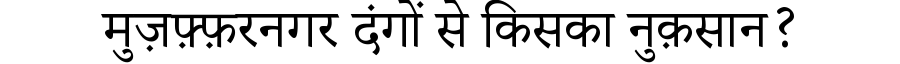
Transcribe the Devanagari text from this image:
मुज़फ़्फ़रनगर दंगों से किसका नुक़सान?